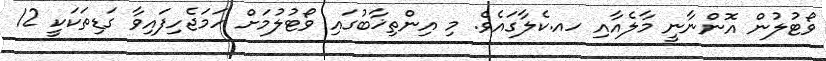
ވޯޓުލުން އޮންނާނީ މާލެއާއި ހއ.ކެލާގައެވެ. މި އިންތިޚާބުގައި ވޯޓުލުމަށް ހަމަޖެހިފައިވާ ގަޑިތަކަކީ 12